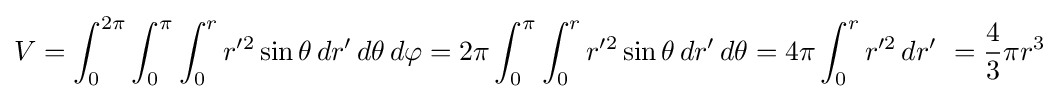
V=\int _{0}^{2\pi }\int _{0}^{\pi }\int _{0}^{r}r'^{2}\sin \theta \,dr'\,d\theta \,d\varphi =2\pi \int _{0}^{\pi }\int _{0}^{r}r'^{2}\sin \theta \,dr'\,d\theta =4\pi \int _{0}^{r}r'^{2}\,dr'\ ={\frac {4}{3}}\pi r^{3}